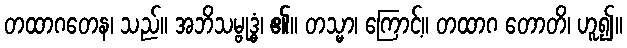
တထာဂတေန၊ သည်။ အဘိသမ္ဗုဒ္ဓံ၊ ၏။ တသ္မာ၊ ကြောင့်။ တထာဂ တောတိ၊ ဟူ၍။